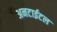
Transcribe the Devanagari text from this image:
अनटाईटल